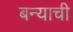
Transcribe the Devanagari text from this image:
बन्याची